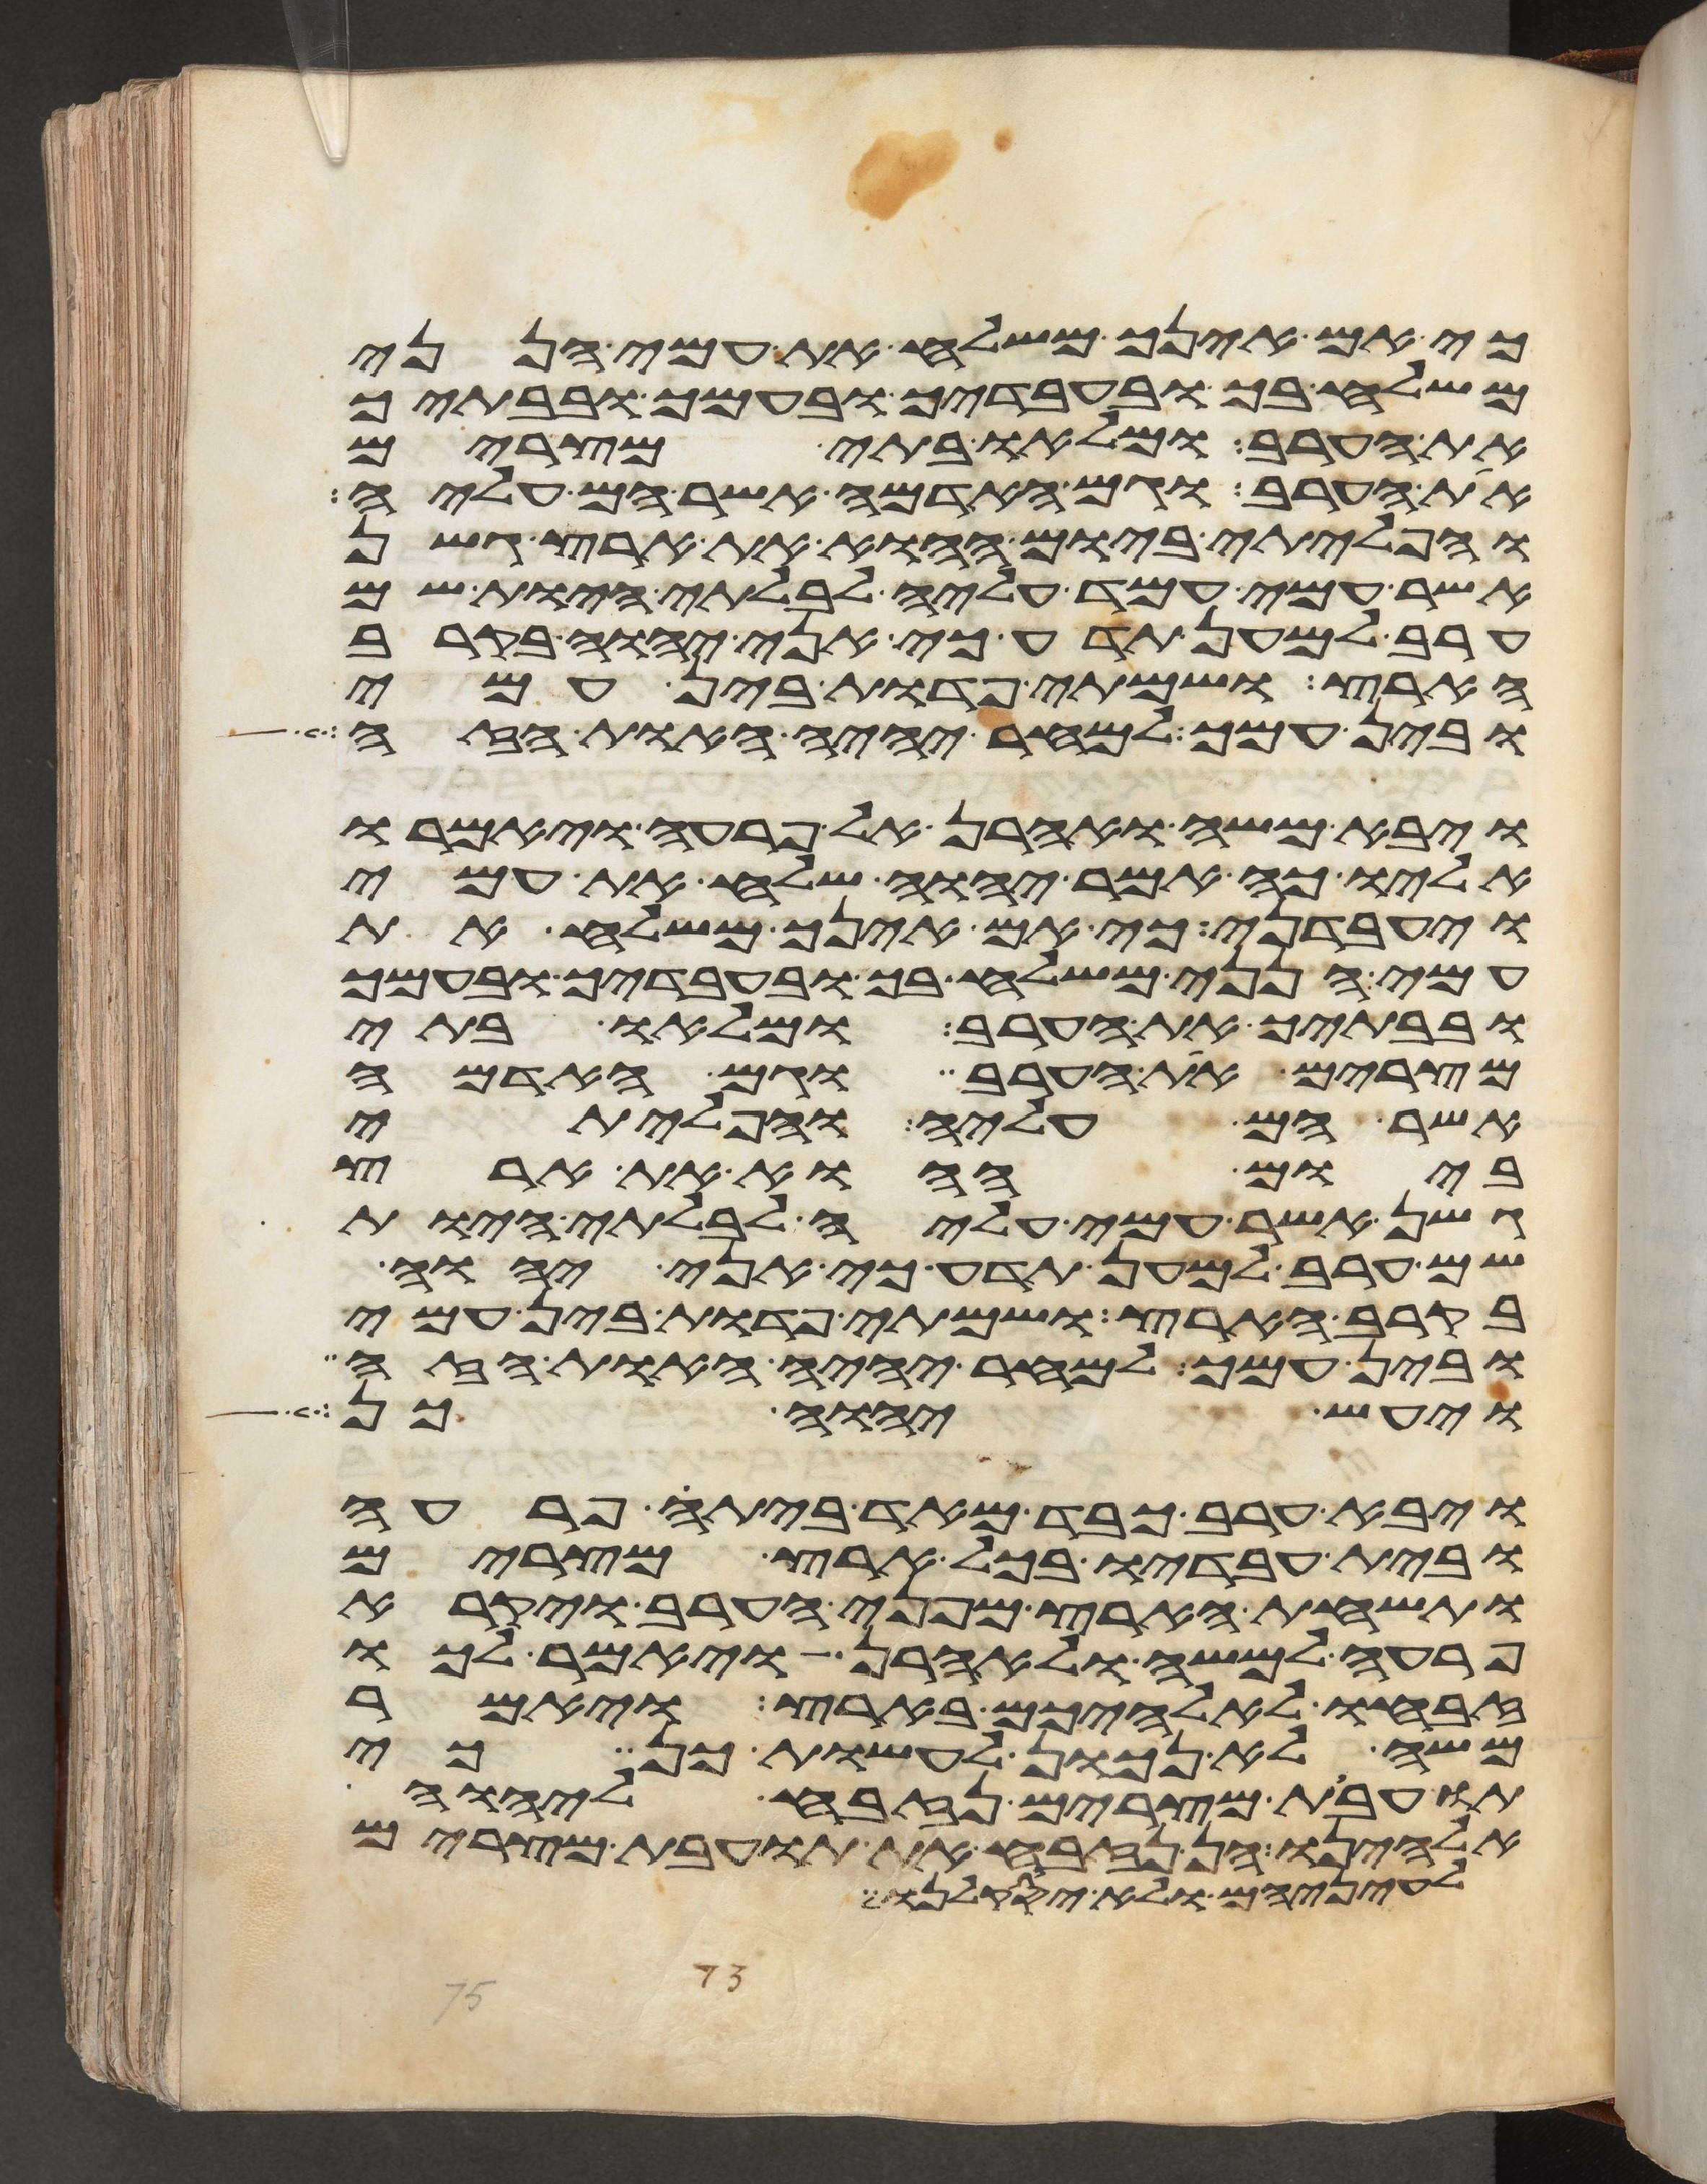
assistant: כי אם אינך משלח את עמי הנני
משלח בך ובעבדיך ובעמך ובבתיך
את הערב ומלאו בתי מצרים
את הערב וגם האדמה אשר הם עליה
והפליתי ביום ההוא את ארץ גשן
אשר עמי עמד עליה לבלתי היות שם
ערב למען תדע כי אני יהוה בקרב
הארץ ושמתי פדות בין עמי
ובין עמך למחר יהיה האות הזה
ויבא משה ואהרן אל פרעה ויאמרו
אליו כה אמר יהוה שלח את עמי
ויעבדני כי אם אינך משלח את
עמי הנני משלח בך ובעבדיך ובעמך
ובבתיך את הערב ומלאו בתי
מצרים את הערב וגם האדמה
אשר הם עליה והפליתי
ביום ההוא את ארץ
גשן אשר עמי עמד עליה לבלתי היות
שם ערב למען תדע כי אני יהוה
בקרב הארץ ושמתי פדות בין עמי
ובין עמך למחר יהיה האות הזה
ויעש יהוה כן
ויבא ערב כבד מאד ביתה פרעה
ובית עבדיו בכל ארץ מצרים
ותשחת הארץ מפני הערב ויקרא
פרעה למשה ולאהרן ויאמר לכו
זבחו לאלהיכם בארץ ויאמר
משה לא נכון לעשות כן כי
תועבת מצרים נזבח ליהוה
אלהינו הן נזבח את תועבת מצרים
לעיניהם ולא יסקלנו